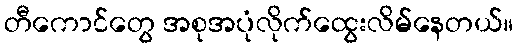
တီကောင်တွေ အစုအပုံလိုက်ထွေးလိမ်နေတယ်။